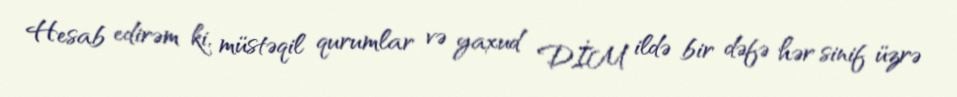
Hesab edirəm ki, müstəqil qurumlar və yaxud DİM ildə bir dəfə hər sinif üzrə